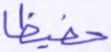
حفيظا